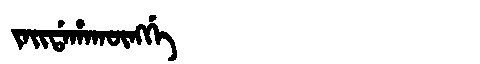
Manchu: ᠵᠠᡳᡩᠠᡥᠠᡴᡡᠩᡤᡝ
Romanization: JAIDAHAKŪNGGE